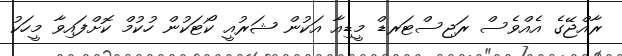
ރާއްޖޭގެ އެއްވެސް ރަޖިސްޓަރޑް މީޑިއާ އަކުން ޝަރުއީ ކޯޓަކުން ހުކުމް ކޮށްފައިވާ މީހަކު